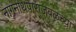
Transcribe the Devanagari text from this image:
नागनाथपाराजवळच्या